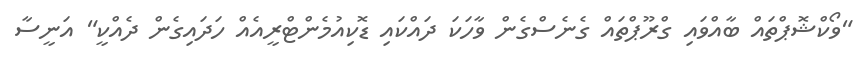
"ވޯކްޝޮޕްތައް ބާއްވައި ގްރޫޕްތައް ގެނެސްގެން ވާހަކަ ދައްކައި ޑޮކިއުމެންޓްރީއެއް ހަދައިގެން ދެއްކީ" އަނީސާ